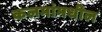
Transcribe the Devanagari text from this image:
कलमांमधील